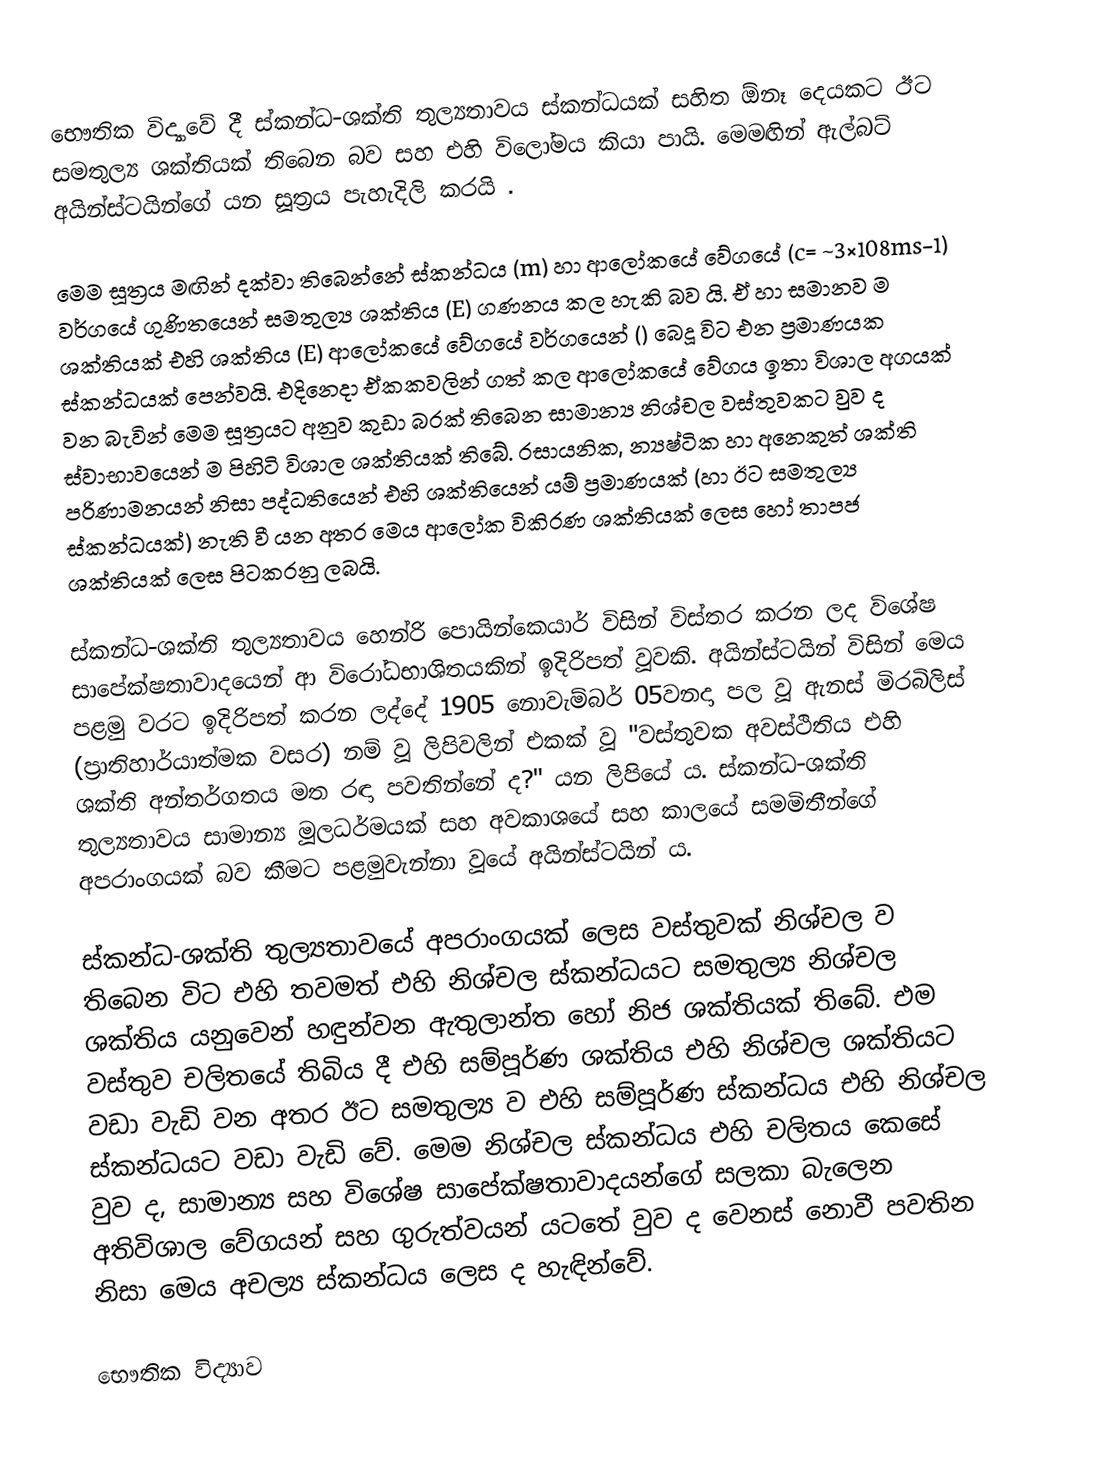
භෞතික විද්‍යාවේ දී ස්කන්ධ-ශක්ති තුල්‍යතාවය ස්කන්ධයක් සහිත ඕනෑ දෙයකට ඊට සමතුල්‍ය ශක්තියක් තිබෙන බව සහ එහි විලෝමය කියා පායි. මෙමඟින් ඇල්බට් අයින්ස්ටයින්ගේ  යන සූත්‍රය පැහැදිලි කරයි .

මෙම සූත්‍රය මඟින් දක්වා තිබෙන්නේ ස්කන්ධය (m) හා ආලෝකයේ වේගයේ (c= ~3×108ms-1) වර්ගයේ ගුණිතයෙන් සමතුල්‍ය ශක්තිය (E) ගණනය කල හැකි බව යි.  ඒ හා සමානව ම ශක්තියක් එහි ශක්තිය (E) ආලෝකයේ වේගයේ වර්ගයෙන් () බෙදූ විට එන ප්‍රමාණයක ස්කන්ධයක් පෙන්වයි. එදිනෙදා ඒකකවලින් ගත් කල ආලෝකයේ වේගය ඉතා විශාල  අගයක් වන බැවින් මෙම සූත්‍රයට අනුව කුඩා බරක් තිබෙන සාමාන්‍ය නිශ්චල වස්තුවකට වුව ද ස්වාභාවයෙන් ම පිහිටි විශාල ශක්තියක් තිබේ. රසායනික, න්‍යෂ්ටික හා අනෙකුත් ශක්ති පරිණාමනයන් නිසා පද්ධතියෙන් එහි ශක්තියෙන් යම් ප්‍රමාණයක් (හා ඊට සමතුල්‍ය ස්කන්ධයක්) නැති වී යන අතර මෙය ආලෝක විකිරණ ශක්තියක් ලෙස හෝ තාපජ ශක්තියක් ලෙස පිටකරනු ලබයි.

ස්කන්ධ-ශක්ති තුල්‍යතාවය හෙන්රි පොයින්කෙයාර් විසින් විස්තර කරන ලද විශේෂ සාපේක්ෂතාවාදයෙන් ආ විරෝධභාශිතයකින් ඉදිරිපත් වූවකි. අයින්ස්ටයින් විසින් මෙය පළමු වරට ඉදිරිපත් කරන ලද්දේ 1905 නොවැම්බර් 05වනදා පල වූ ඇනස් මිරබිලිස් (ප්‍රාතිහාර්යාත්මක වසර) නම් වූ ලිපිවලින් එකක් වූ "වස්තුවක අවස්ථිතිය එහි ශක්ති අන්තර්ගතය මත රඳා පවතින්නේ ද?" යන ලිපියේ ය. ස්කන්ධ-ශක්ති තුල්‍යතාවය සාමාන්‍ය මූලධර්මයක් සහ අවකාශයේ සහ කාලයේ සමමිතීන්ගේ අපරාංගයක් බව කීමට පළමුවැන්නා වූයේ අයින්ස්ටයින් ය.

ස්කන්ධ-ශක්ති තුල්‍යතාවයේ අපරාංගයක් ලෙස වස්තුවක් නිශ්චල ව තිබෙන විට එහි තවමත් එහි නිශ්චල ස්කන්ධයට සමතුල්‍ය නිශ්චල ශක්තිය යනුවෙන් හඳුන්වන ඇතුලාන්ත හෝ නිජ ශක්තියක් තිබේ. එම වස්තුව චලිතයේ තිබිය දී එහි සම්පූර්ණ ශක්තිය එහි නිශ්චල ශක්තියට වඩා වැඩි වන අතර ඊට සමතුල්‍ය ව එහි සම්පූර්ණ ස්කන්ධය එහි නිශ්චල ස්කන්ධයට වඩා වැඩි වේ. මෙම නිශ්චල ස්කන්ධය එහි චලිතය කෙසේ වුව ද, සාමාන්‍ය සහ විශේෂ සාපේක්ෂතාවාදයන්ගේ සලකා බැලෙන අතිවිශාල වේගයන් සහ ගුරුත්වයන් යටතේ වුව ද වෙනස් නොවී පවතින නිසා මෙය අචල්‍ය ස්කන්ධය ලෙස ද හැඳින්වේ.

භෞතික විද්‍යාව